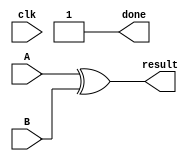
module accelerator(
    input clk,
    input [7:0] A,
    input [7:0] B,
    output [7:0] result,
    output done
    );

    // Right now this finishes in under a cycle, will change this if it becomes more complex.
    assign done = 1'b1;
    assign result = A ^ B;

endmodule